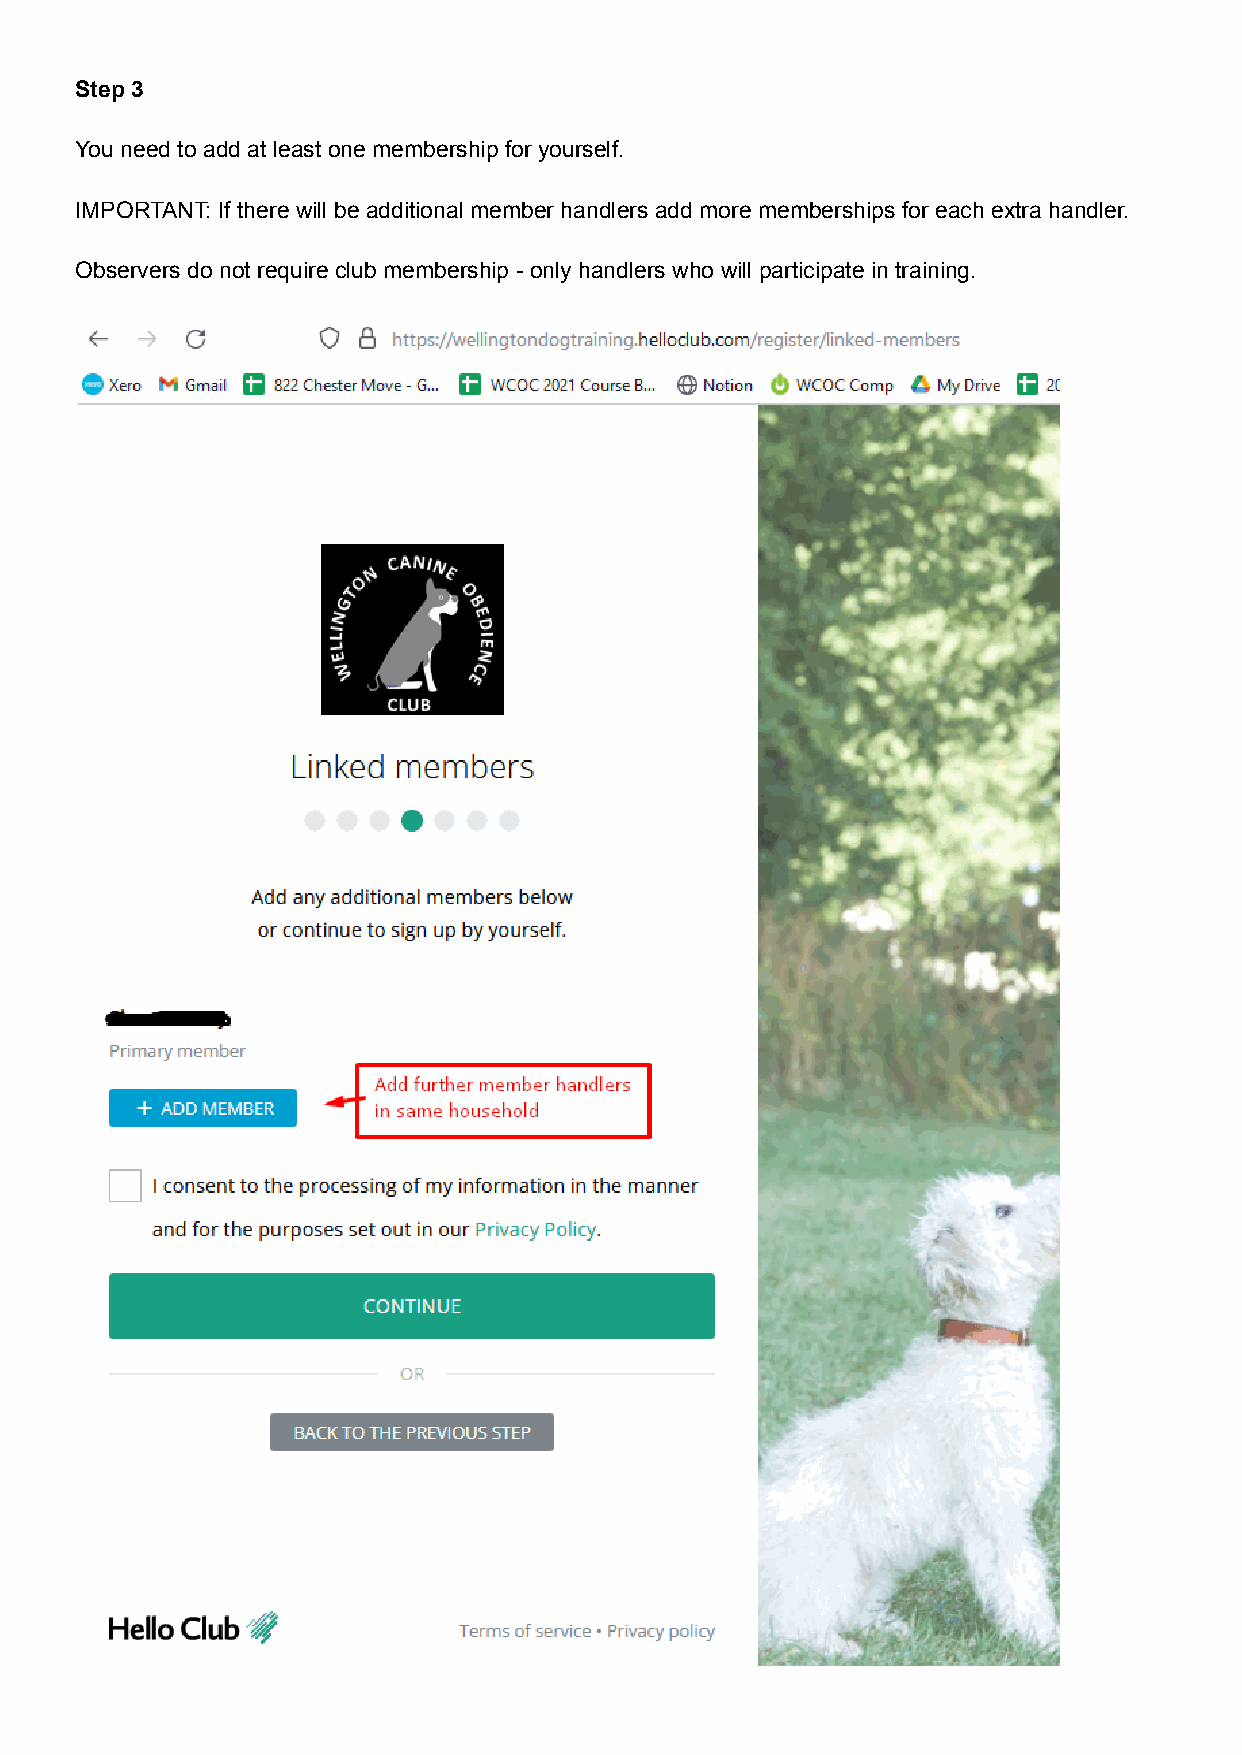
Step 3
 You need to add at least one membership for yourself.
 IMPORTANT: If there will be additional member handlers add more memberships for each extra handler.
 Observers do not require club membership - only handlers who will participate in training.